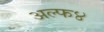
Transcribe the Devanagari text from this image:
अल्फ४